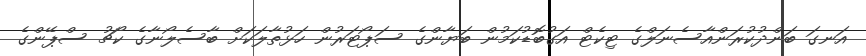
އަނގަ ބަންދުކުރަންއާސެނަލްގެ ޓިކެޓް އަގުބޮޑުކަމުން ބަޔާންގެ ސަޕޯޓަރުން ހަޅުތާލަކަށް ބާސެލޯނާގެ ކޯޗު ސްޕޭންގެ